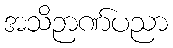
အသိဉာဏ်ပညာ